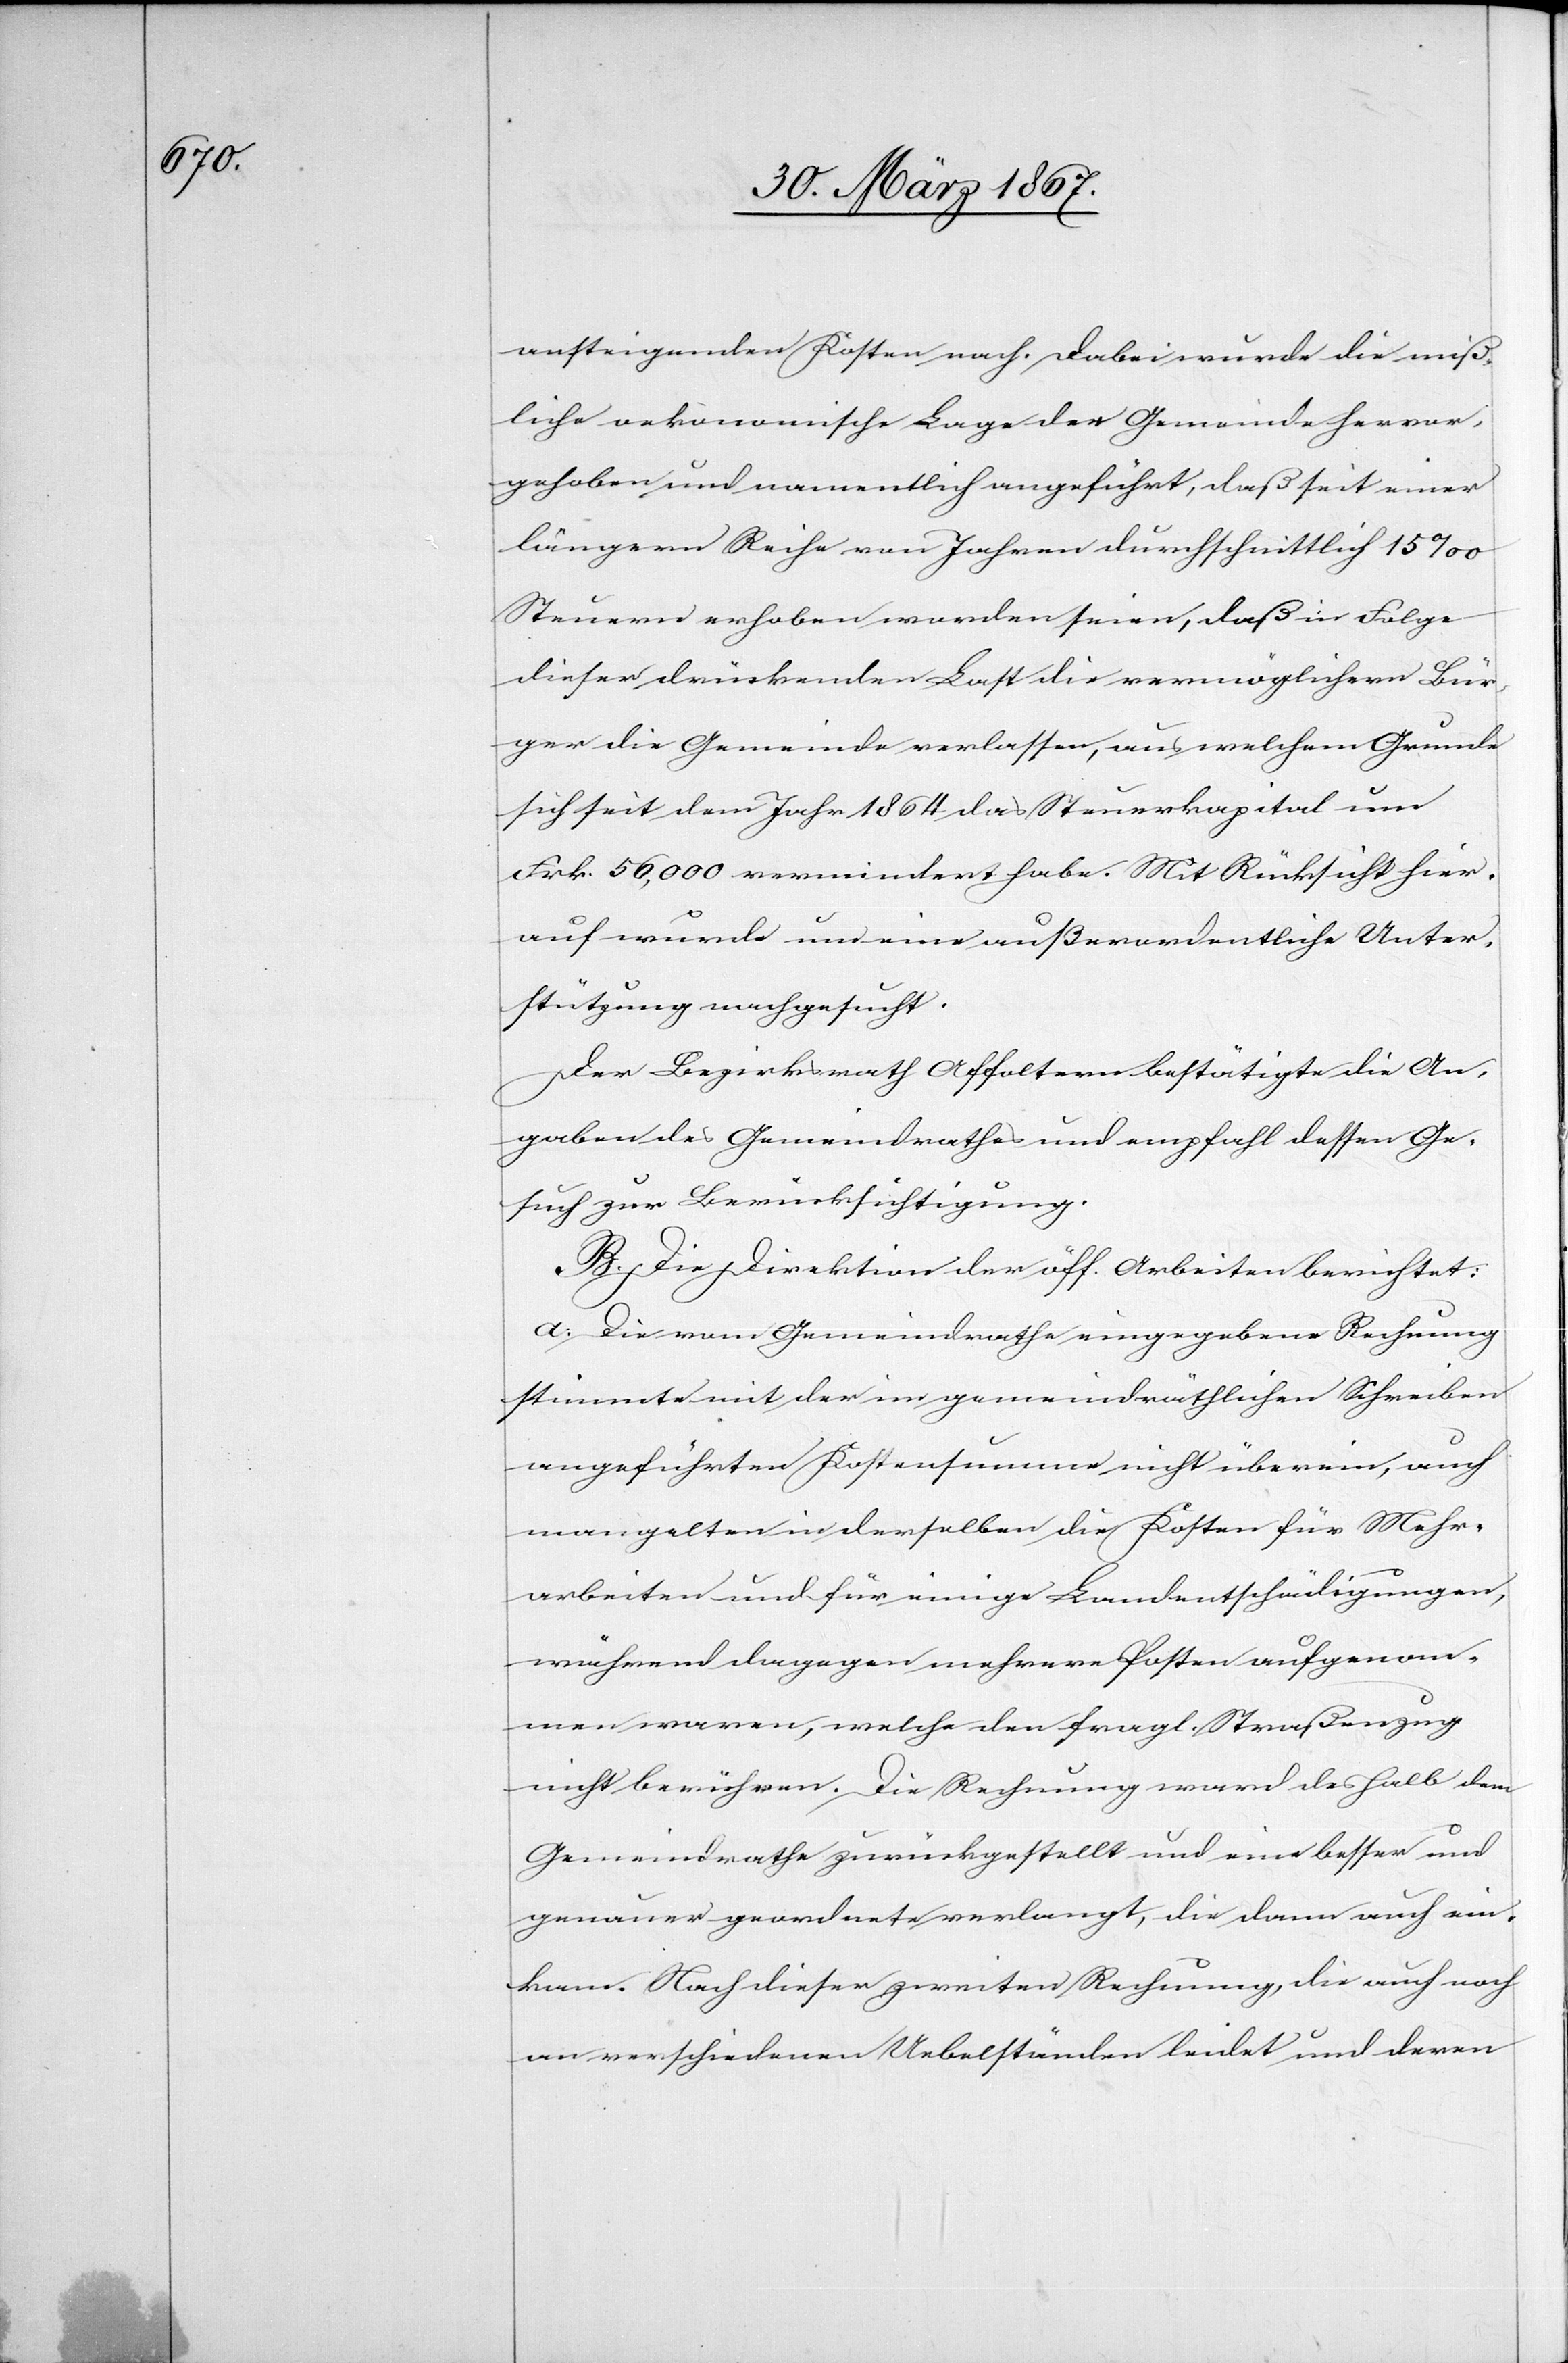
ansteigenden Kosten nach. Dabei wurde die miß¬
liche oekonomische Lage der Gemeinde hervor¬
gehoben und namentlich angeführt, daß seit einer
längern Reihe von Jahren durchschnittlich 15‰
Steuern erhoben worden seien, daß in Folge
dieser drückenden Last die vermöglichern Bür¬
ger die Gemeinde verlassen, aus welchem Grunde
sich seit dem Jahr 1864 das Steuerkapital um
Frk. 56,000 vermindert habe. Mit Rücksicht hier¬
auf wurde um eine außerordentliche Unter¬
stützung nachgesucht.
Der Bezirksrath Affoltern bestätigte die An¬
gaben des Gemeindrathes und empfahl dessen Ge¬
such zur Berücksichtigung.
B. Die Direktion der öff. Arbeiten berichtet:
a.	Die vom Gemeindrathe eingegebene Rechnung
stimmte mit der im gemeindräthlichen Schreiben
angeführten Kostensumme nicht überein, auch
mangelten in denselben die Kosten für Mehr¬
arbeiten und für einige Landentschädigungen,
während dagegen mehrere Posten aufgenom¬
men waren, welche den fragl. Straßenzug
nicht berühren. Die Rechnung ward deshalb dem
Gemeindrathe zurückgestellt und eine besser und
genauer geordnete verlangt, die dann auch ein¬
kam. Nach dieser zweiten Rechnung, die auch noch
an verschiedenen Uebelständen leidet und deren